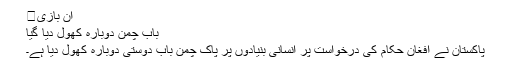
ان بازی�
بابِ چمن دوبارہ کھول دیا گیا
پاکستان نے افغان حکام کی درخواست پر انسانی بنیادوں پر پاک چمن بابِ دوستی دوبارہ کھول دیا ہے۔